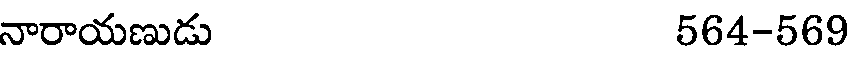
నారాయణుడు 564-569